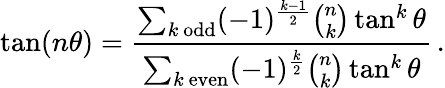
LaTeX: \tan(n\theta)={\frac{\sum_{k{\mathrm{~odd}}}(-1)^{\frac{k-1}{2}}{\binom{n}{k}}\tan^{k}\theta}{\sum_{k{\mathrm{~even}}}(-1)^{\frac{k}{2}}{\binom{n}{k}}\tan^{k}\theta}}\, .